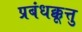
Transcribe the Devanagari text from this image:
प्रबंधक्कूत्तु